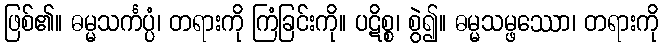
ဖြစ်၏။ ဓမ္မသင်္ကပ္ပံ၊ တရားကို ကြံခြင်းကို။ ပဋိစ္စ၊ စွဲ၍။ ဓမ္မသမ္ဖဿော၊ တရားကို